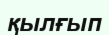
қылғып